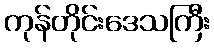
ကုန်တိုင်းဒေသကြီး